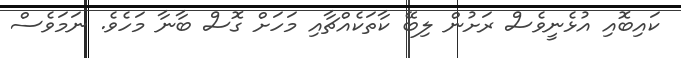
ކައިބޮއި އުޅެނީވެސް ރަށުން ލިބޭ ކާތަކެއްޗާއި މަހަށް ގޮސް ބާނާ މަހެވެ. ނަމަވެސް